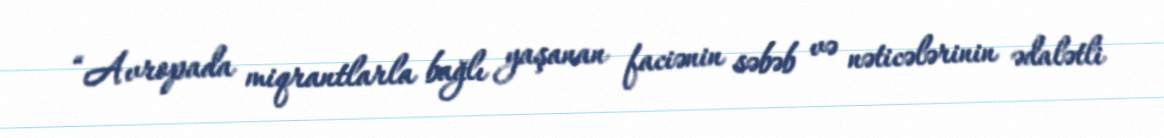
“Avropada miqrantlarla bağlı yaşanan faciənin səbəb və nəticələrinin ədalətli